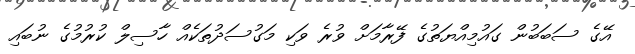
އޭގެ ސަބަބުން ގައުމިއްޔަތުގެ ފޭރާމަށް ވުރެ ވަކި މަގުސަދުތަކެއް ހާސިލް ކުރުމުގެ ނުބައި